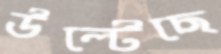
উল্টেছে